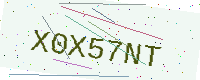
Text: X0X57NT